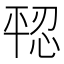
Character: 𪪄